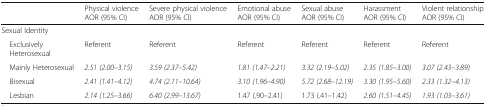
<table><thead><tr><td></td><td><b>Physical violenceAOR (95% CI)</b></td><td><b>Severe physical violenceAOR (95% CI)</b></td><td><b>Emotional abuseAOR (95% CI)</b></td><td><b>Sexual abuseAOR (95% CI)</b></td><td><b>HarassmentAOR (95% CI)</b></td><td><b>Violent relationshipAOR (95% CI)</b></td></tr></thead><tbody><tr><td colspan="7">Sexual Identity</td></tr><tr><td> Exclusively Heterosexual</td><td>Referent</td><td>Referent</td><td>Referent</td><td>Referent</td><td>Referent</td><td>Referent</td></tr><tr><td> Mainly Heterosexual</td><td><i>2.51 (2.00–3.15)</i></td><td><i>3.59 (2.37–5.42)</i></td><td><i>1.81 (1.47–2.21)</i></td><td><i>3.32 (2.19–5.02)</i></td><td><i>2.35 (1.85–3.00)</i></td><td><i>3.07 (2.43–3.89)</i></td></tr><tr><td> Bisexual</td><td><i>2.41 (1.41–4.12)</i></td><td><i>4.74 (2.11–10.64)</i></td><td><i>3.10 (1.96–4.90)</i></td><td><i>5.72 (2.68–12.19)</i></td><td><i>3.30 (1.95–5.60)</i></td><td><i>2.33 (1.32–4.13)</i></td></tr><tr><td> Lesbian</td><td><i>2.14 (1.25–3.66)</i></td><td><i>6.40 (2.99–13.67)</i></td><td>1.47 (.90–2.41)</td><td>1.73 (.41–1.42)</td><td><i>2.60 (1.51–4.45)</i></td><td><i>1.93 (1.03–3.61)</i></td></tr></tbody></table>